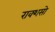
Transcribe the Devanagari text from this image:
राक्शसो